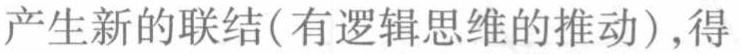
产生新的联结(有逻辑思维的推动),得